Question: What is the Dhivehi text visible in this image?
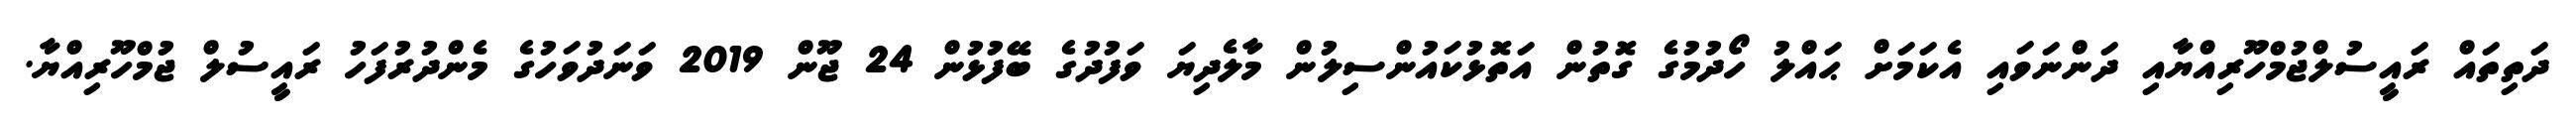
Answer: ދަތިތައް ރައީސުލްޖުމްހޫރިއްޔާއި ދަންނަވައި އެކަމަށް ޙައްލު ހޯދުމުގެ ގޮތުން އަތޮޅުކައުންސިލުން މާލެދިޔަ ވަފުދުގެ ބޭފުޅުން 24 ޖޫން 2019 ވަނަދުވަހުގެ މެންދުރުފަހު ރައީސުލް ޖުމްހޫރިއްޔާ.